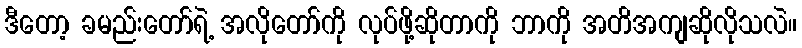
ဒီတော့ ခမည်းတော်ရဲ့ အလိုတော်ကို လုပ်ဖို့ဆိုတာကို ဘာကို အတိအကျဆိုလိုသလဲ။